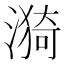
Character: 漪